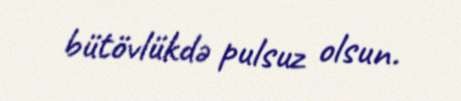
bütövlükdə pulsuz olsun.